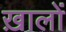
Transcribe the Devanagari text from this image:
ख़ालों